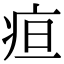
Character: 疸